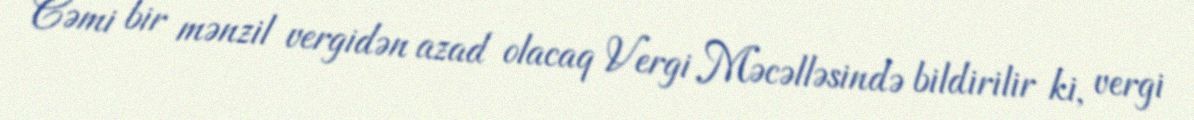
Cəmi bir mənzil vergidən azad olacaq Vergi Məcəlləsində bildirilir ki, vergi